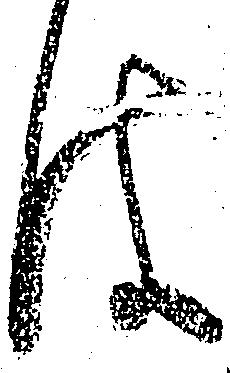
は